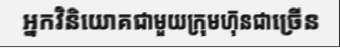
អ្នកវិនិយោគជាមួយក្រុមហុ៑នជាច្រើន